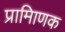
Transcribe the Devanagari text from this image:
प्रामािणक